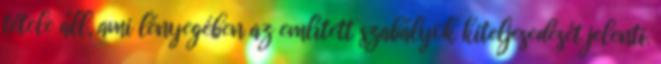
tétele áll, ami lényegében az említett szabályok kiteljesedését jelenti.